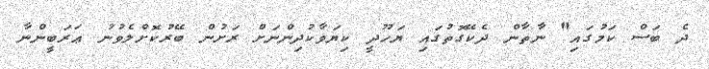
ދެ ބަސް ކަމުގައި" ނާތާން ދެކޭގޮތުގައި ޔަހޫދީ ކިޔަވާކުދިންނަށް ރަށުން ބޭރުކޮށްލެވުނު ޢަރަބީންނާ